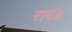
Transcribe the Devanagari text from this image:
रायंड